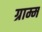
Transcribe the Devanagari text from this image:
ग्राम्म